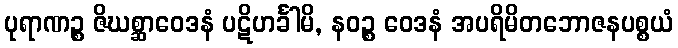
ပုရာဏဉ္စ ဇိဃစ္ဆာဝေဒနံ ပဋိဟင်္ခါမိ, နဝဉ္စ ဝေဒနံ အပရိမိတဘောဇနပစ္စယံ